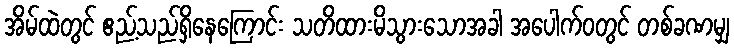
အိမ်ထဲတွင် ဧည့်သည်ရှိနေကြောင်း သတိထားမိသွားသောအခါ အပေါက်ဝတွင် တစ်ခဏမျှ